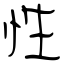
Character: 性